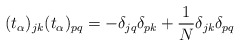
\begin{align*}(t_\alpha)_{jk}(t_\alpha)_{pq}=-\delta_{jq}\delta_{pk}+\frac{1}{N}\delta_{jk}\delta_{pq}\end{align*}